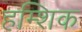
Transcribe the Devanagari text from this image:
हम्शिक